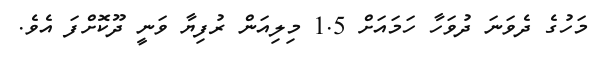
މަހުގެ ދެވަނަ ދުވަހާ ހަމައަށް 1.5 މިލިއަން ރުފިޔާ ވަނީ ދޫކޮށްފަ އެވެ.